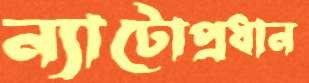
ন্যাটোপ্রধান